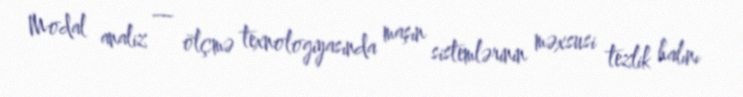
Modal analiz — ölçmə texnologiyasında maşın sistemlərinin məxsusi tezlik halını